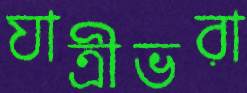
যাত্রীভরা